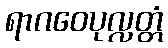
ရာဂဝေပုလ္လတ္တံ